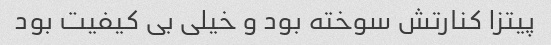
پیتزا کنارتش سوخته بود و خیلی بی کیفیت بود